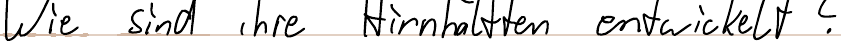
Wie sind ihre Hirnhälften entwickelt?